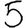
Digit: 5